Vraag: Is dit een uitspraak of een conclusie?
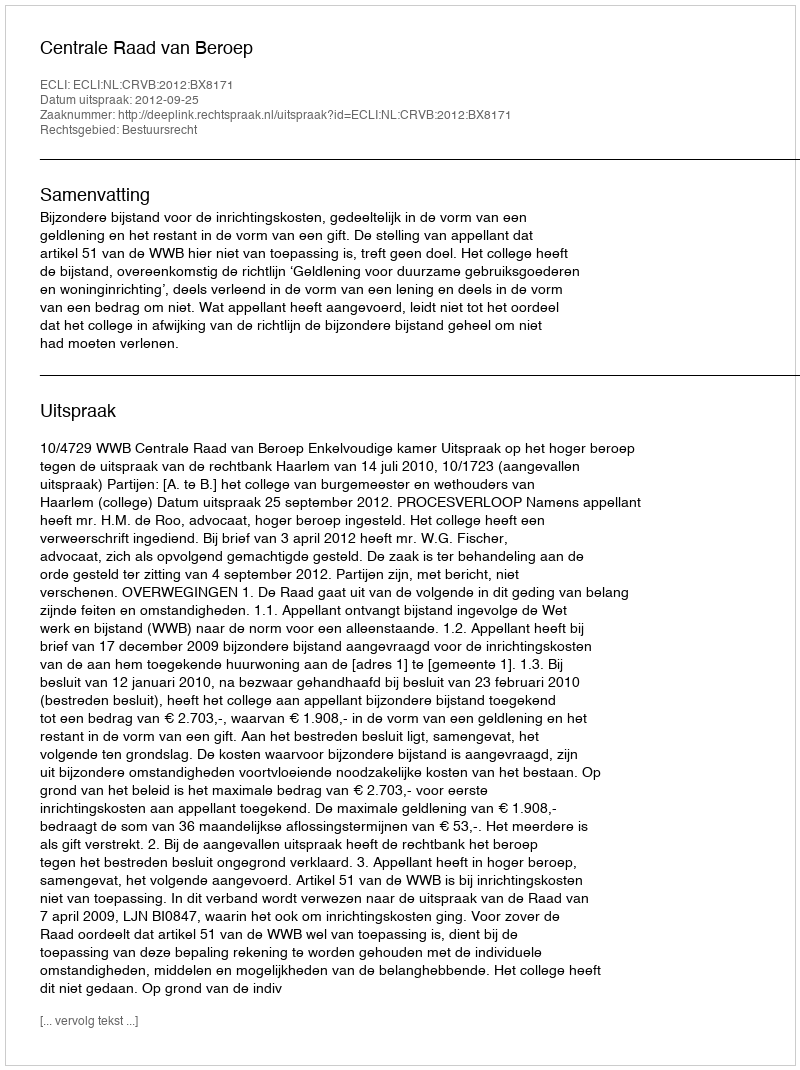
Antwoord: Uitspraak